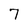
Character: 7